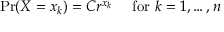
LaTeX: \Pr ( X = x _ { k } ) = C r ^ { x _ { k } } \quad { \mathrm { ~ f o r ~ } } k = 1 , \ldots , n